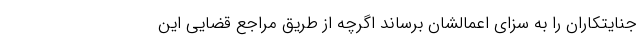
جنایتکاران را به سزای اعمالشان برساند اگرچه از طریق مراجع قضایی این